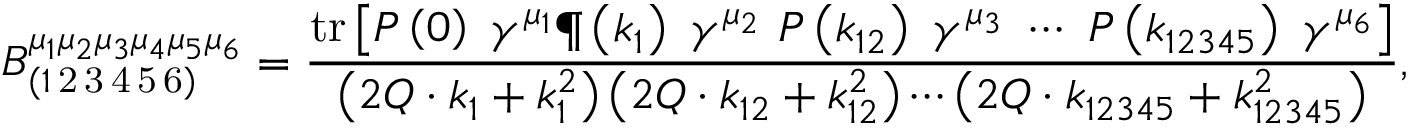
B _ { \left( 1 \mathrm { \, 2 \, 3 \, 4 \, 5 \, 6 } \right) } ^ { \mu _ { 1 } \mu _ { 2 } \mu _ { 3 } \mu _ { 4 } \mu _ { 5 } \mu _ { 6 } } = \frac { \mathrm { t r } \left[ P \left( 0 \right) \ \gamma ^ { \mu _ { 1 } } \P \left( k _ { 1 } \right) \ \gamma ^ { \mu _ { 2 } } \ P \left( k _ { 1 2 } \right) \ \gamma ^ { \mu _ { 3 } } \ \cdots \ P \left( k _ { 1 2 3 4 5 } \right) \ \gamma ^ { \mu _ { 6 } } \right] } { \left( 2 Q \cdot k _ { 1 } + k _ { 1 } ^ { 2 } \right) \left( 2 Q \cdot k _ { 1 2 } + k _ { 1 2 } ^ { 2 } \right) \cdots \left( 2 Q \cdot k _ { 1 2 3 4 5 } + k _ { 1 2 3 4 5 } ^ { 2 } \right) } ,